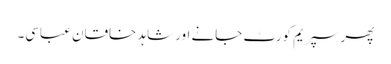
پھر سپریم کورٹ جانے اور شاہد خاقان عباسی۔